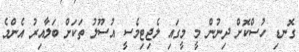
ގޮނޑި ހުސްކޮށް ދިނުން މީ މީގައި ލެޖިޓިމެސީ އުސޫލު ތަކަށް ބަލާއިރު އެންމެ